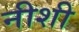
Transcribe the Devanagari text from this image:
नीशी